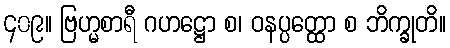
၄၀၉။ ဗြဟ္မစာရီ ဂဟဋ္ဌော စ၊ ဝနပ္ပတ္ထော စ ဘိက္ခုတိ။